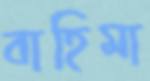
বাহিমা